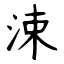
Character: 涑